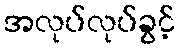
အလုပ်လုပ်ခွင့်